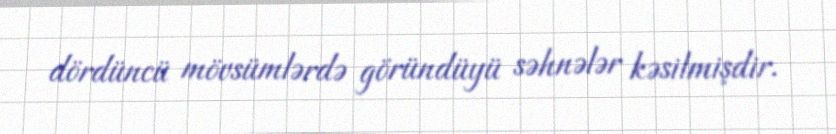
dördüncü mövsümlərdə göründüyü səhnələr kəsilmişdir.